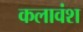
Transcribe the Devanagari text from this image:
कलावंश